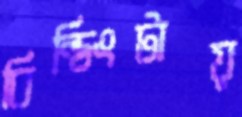
বিল্ডিংটায়